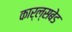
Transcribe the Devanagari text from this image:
कार्ल्सबेड